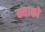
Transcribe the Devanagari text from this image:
म्याको